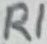
Text: R1